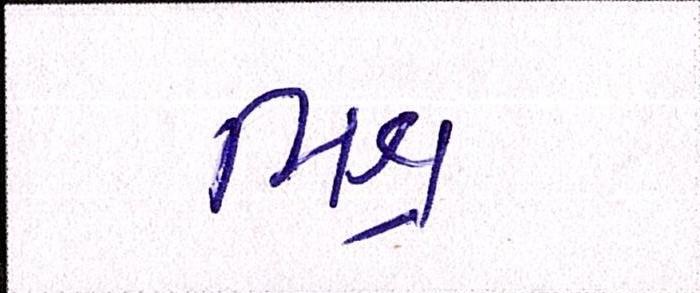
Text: મિશ્ર